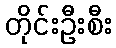
တိုင်းဦးစီး